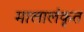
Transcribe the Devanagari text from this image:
मालालंकृत